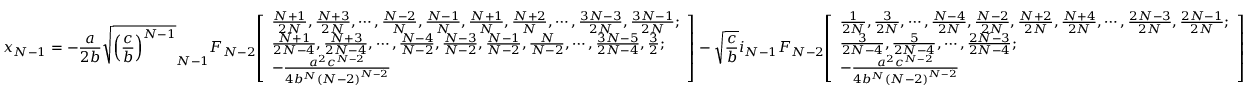
x _ { N - 1 } = - { \frac { a } { 2 b } } { \sqrt { \left( { \frac { c } { b } } \right) ^ { N - 1 } } } _ { N - 1 } F _ { N - 2 } { \left[ \begin{array} { l } { { \frac { N + 1 } { 2 N } } , { \frac { N + 3 } { 2 N } } , \cdots , { \frac { N - 2 } { N } } , { \frac { N - 1 } { N } } , { \frac { N + 1 } { N } } , { \frac { N + 2 } { N } } , \cdots , { \frac { 3 N - 3 } { 2 N } } , { \frac { 3 N - 1 } { 2 N } } ; } \\ { { \frac { N + 1 } { 2 N - 4 } } , { \frac { N + 3 } { 2 N - 4 } } , \cdots , { \frac { N - 4 } { N - 2 } } , { \frac { N - 3 } { N - 2 } } , { \frac { N - 1 } { N - 2 } } , { \frac { N } { N - 2 } } , \cdots , { \frac { 3 N - 5 } { 2 N - 4 } } , { \frac { 3 } { 2 } } ; } \\ { - { \frac { a ^ { 2 } c ^ { N - 2 } } { 4 b ^ { N } \left( N - 2 \right) ^ { N - 2 } } } } \end{array} \right] } - { \sqrt { \frac { c } { b } } } i _ { N - 1 } F _ { N - 2 } { \left[ \begin{array} { l } { { \frac { 1 } { 2 N } } , { \frac { 3 } { 2 N } } , \cdots , { \frac { N - 4 } { 2 N } } , { \frac { N - 2 } { 2 N } } , { \frac { N + 2 } { 2 N } } , { \frac { N + 4 } { 2 N } } , \cdots , { \frac { 2 N - 3 } { 2 N } } , { \frac { 2 N - 1 } { 2 N } } ; } \\ { { \frac { 3 } { 2 N - 4 } } , { \frac { 5 } { 2 N - 4 } } , \cdots , { \frac { 2 N - 3 } { 2 N - 4 } } ; } \\ { - { \frac { a ^ { 2 } c ^ { N - 2 } } { 4 b ^ { N } \left( N - 2 \right) ^ { N - 2 } } } } \end{array} \right] }